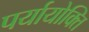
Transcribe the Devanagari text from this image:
पर्यायोक्ति